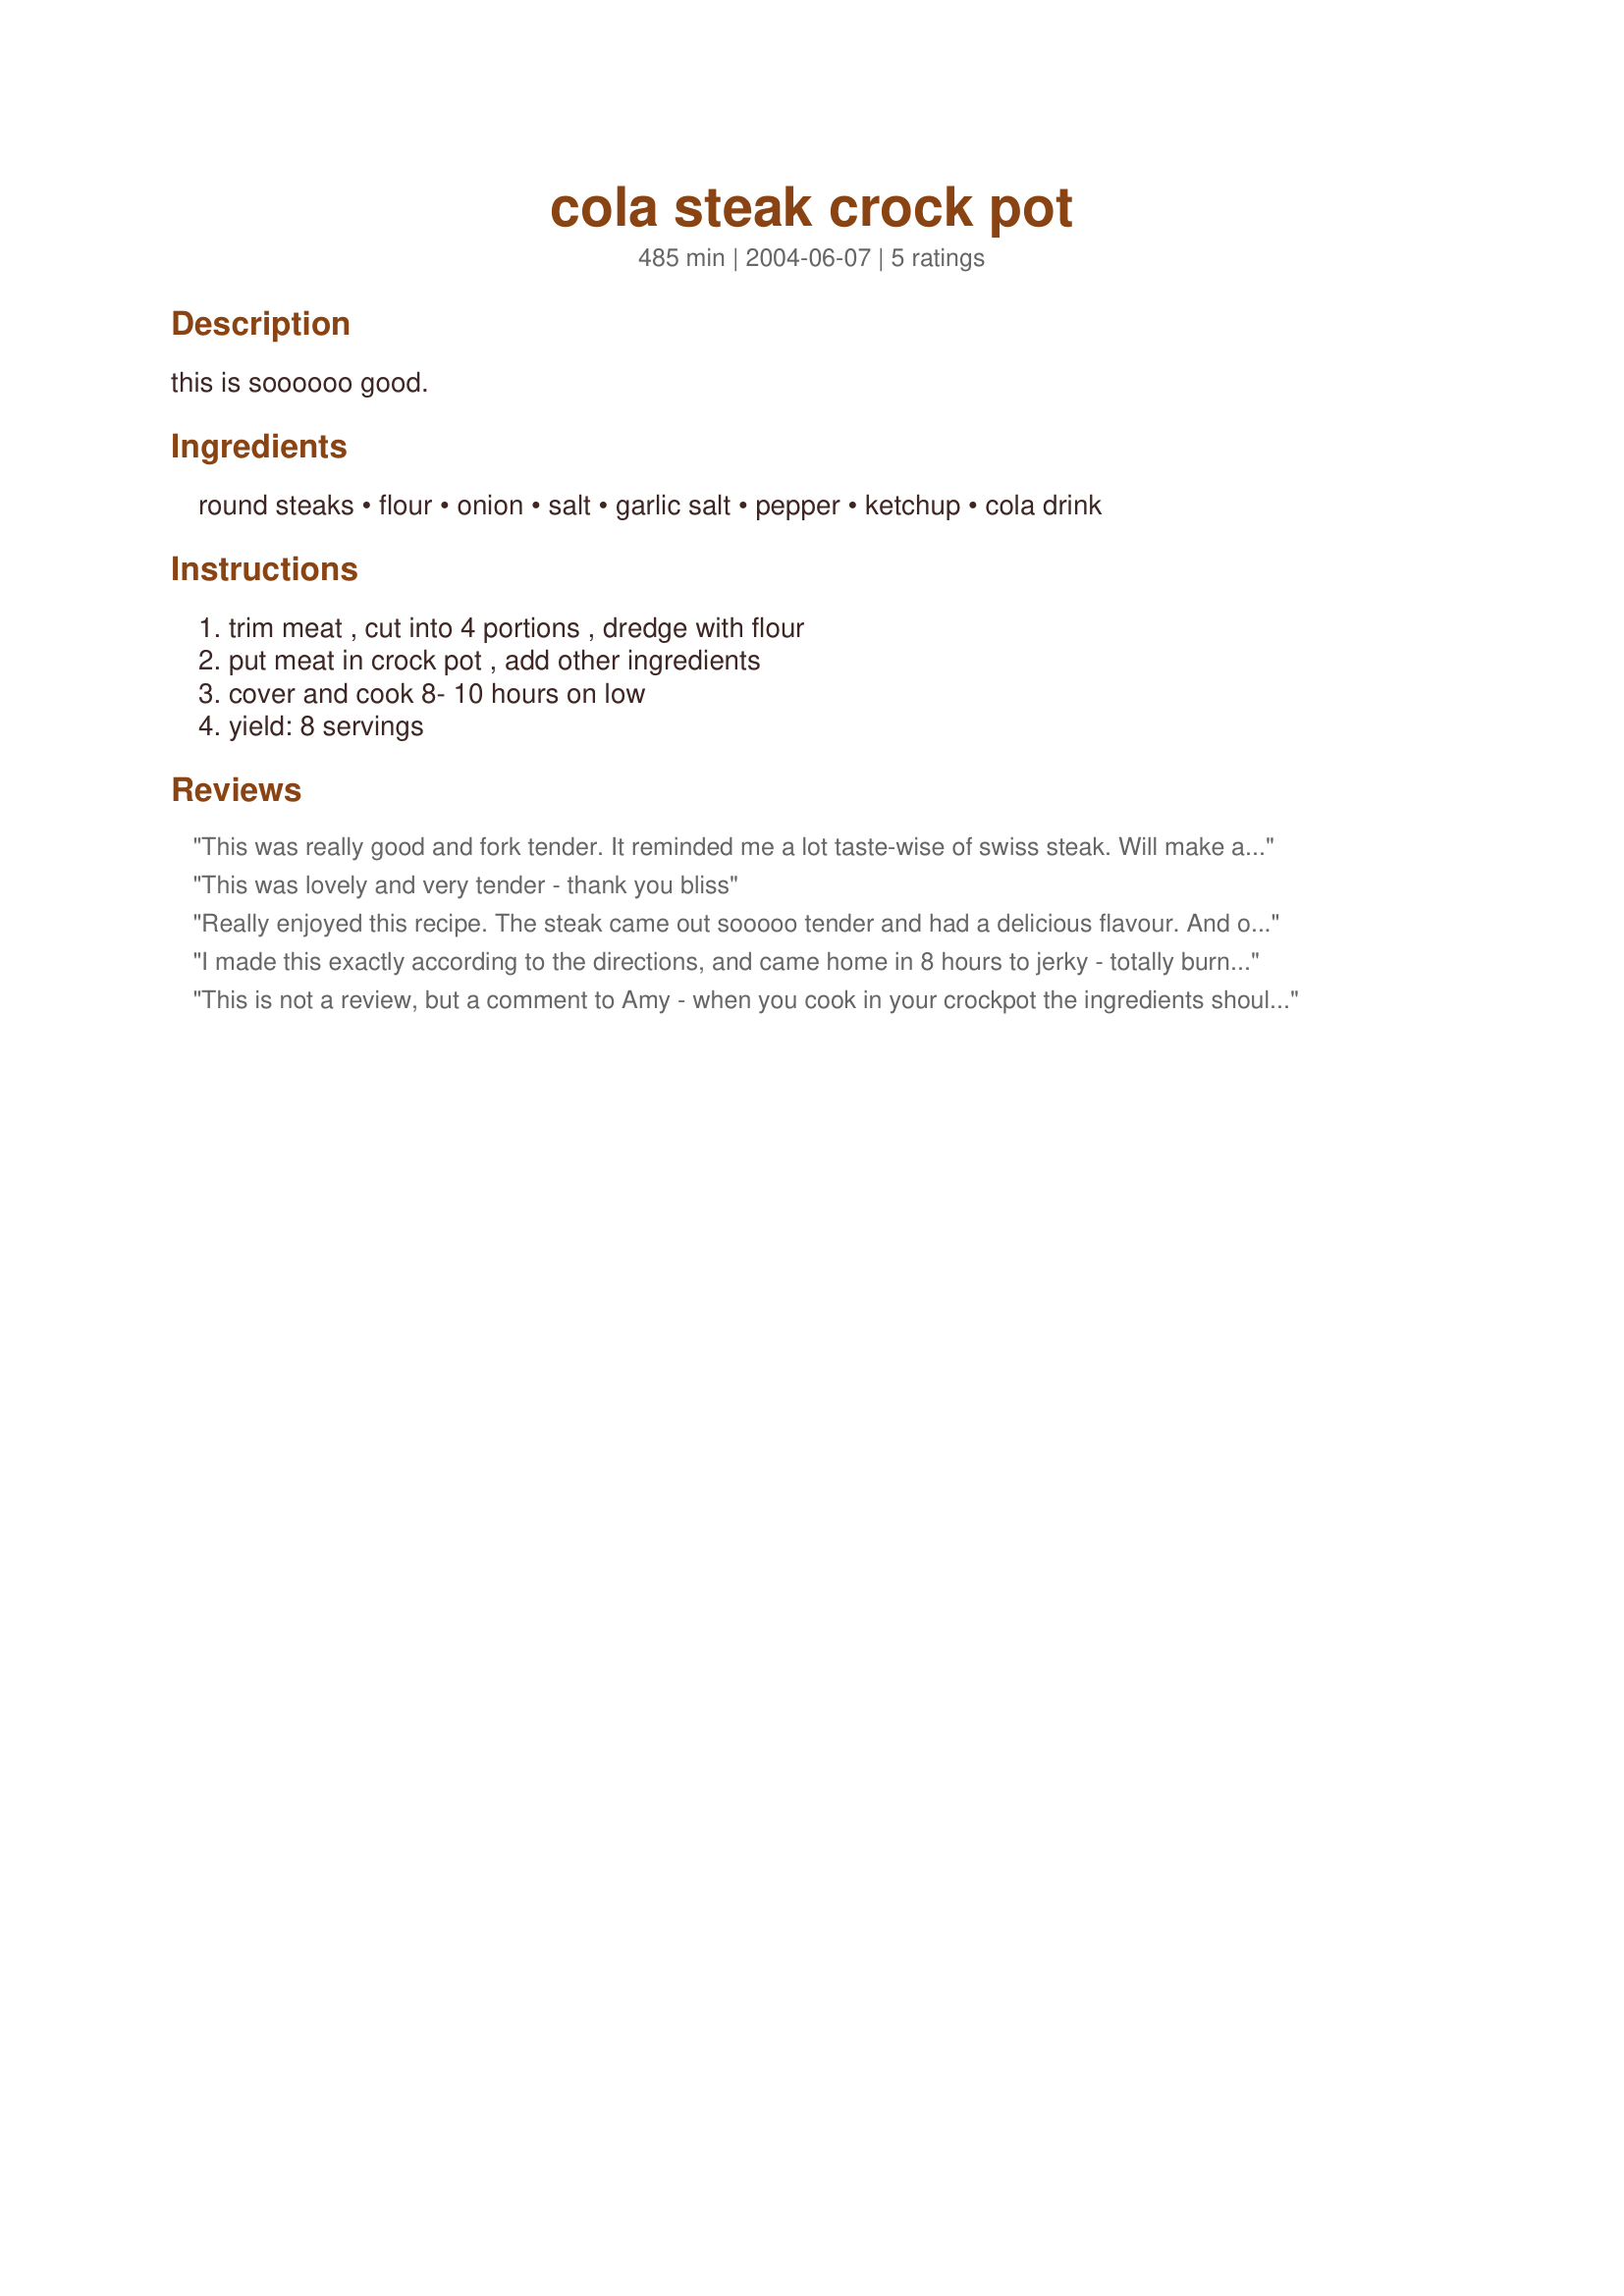
cola steak crock pot
Preparation time: 485 minutes

this is soooooo good.

Ingredients:
round steaks, flour, onion, salt, garlic salt, pepper, ketchup, cola drink

Steps:
trim meat , cut into 4 portions , dredge with flour, put meat in crock pot , add other ingredients, cover and cook 8- 10 hours on low, yield: 8 servings

Reviews:
This was really good and fork tender. It reminded me a lot taste-wise of swiss steak. Will make again. Thank you for sharing.
This was lovely and very tender - thank you bliss
Really enjoyed this recipe. The steak came out sooooo tender and had a delicious flavour. And of course it required nothing that I didn't already have in my pantry and I liked that aspect of it too. Yes, I'll definitely be making this one again. Thanks a bunch for posting it!!
I made this exactly according to the directions, and came home in 8 hours to jerky - totally burned and dried out ;-( It seemed to be short on moisture, so maybe it has to be made in a small crockpot - mine is really big.
This is not a review, but a comment to Amy - when you cook in your crockpot the ingredients should come up to at least half way - i've done the same as you and come home to very dried chicken - but now we know for next time!
